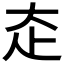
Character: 𡗱